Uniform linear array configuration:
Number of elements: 12
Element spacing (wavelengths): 0.5
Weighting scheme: uniform
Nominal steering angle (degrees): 0
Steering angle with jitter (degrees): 0.6032
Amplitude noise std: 0.05
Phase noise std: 0.05

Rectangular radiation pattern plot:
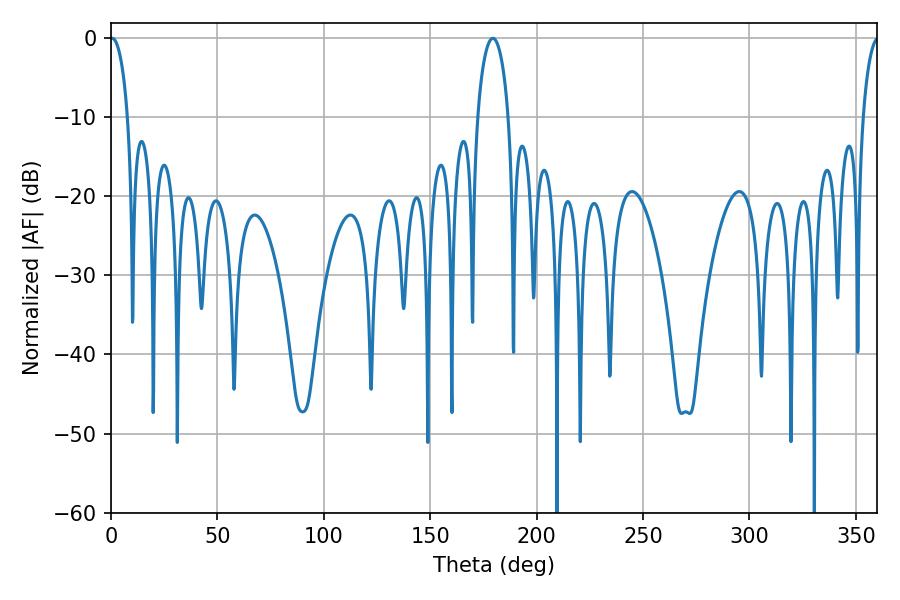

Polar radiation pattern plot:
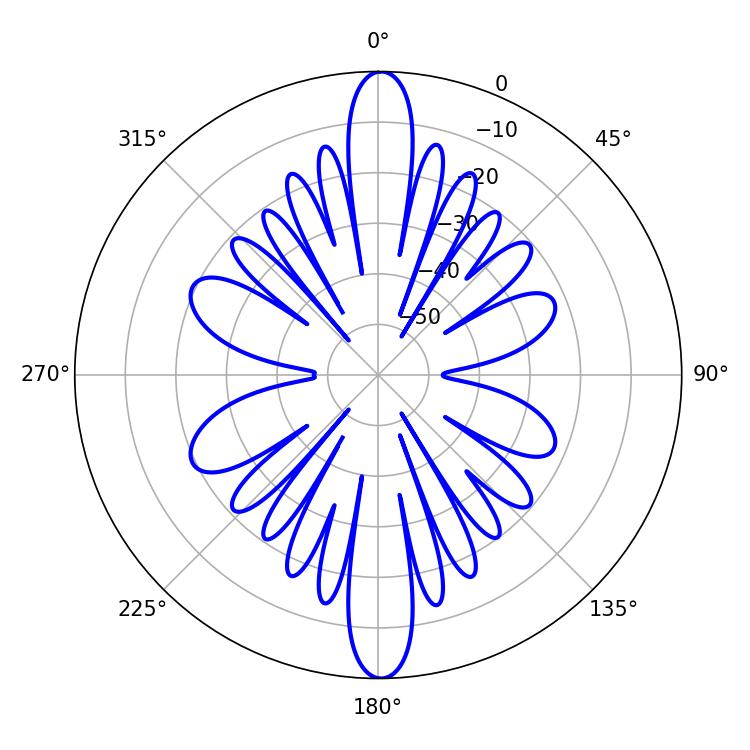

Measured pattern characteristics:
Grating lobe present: FALSE
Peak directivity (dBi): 30.16
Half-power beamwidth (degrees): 4.68
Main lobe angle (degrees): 0.54